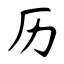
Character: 历